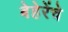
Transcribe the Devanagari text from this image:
बेहेरेंचे